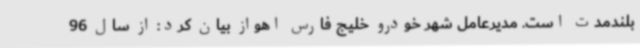
بلندمدت است. مدیرعامل شهر خودرو خلیج فارس اهواز بیان کرد: از سال 96